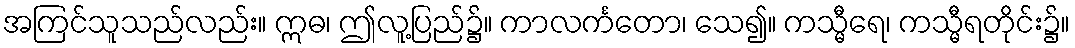
အကြင်သူသည်လည်း။ ဣဓ၊ ဤလူ့ပြည်၌။ ကာလင်္ကတော၊ သေ၍။ ကသ္မီရေ၊ ကသ္မီရတိုင်း၌။